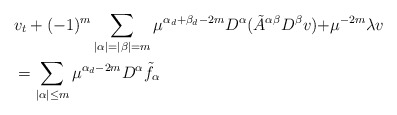
\begin{align*}&v_t+(-1)^m\sum_{|\alpha|=|\beta|=m}\mu^{\alpha_d+\beta_d-2m}D^\alpha (\tilde{A}^{{\alpha}{\beta}}D^\beta v){+\mu^{-2m}\lambda v}\\&=\sum_{|\alpha|\le m}\mu^{\alpha_d-2m}D^\alpha \tilde{f}_\alpha\end{align*}